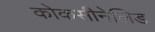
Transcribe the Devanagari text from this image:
कोकसीनेलिड